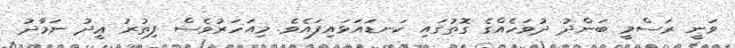
ވަނީ ރަސްމީ ބަންދު ދުވަހެއްގެ ގޮތުގައި ކަނޑައަޅައިފައެވެ. މިއަހަރުވެސް ފިޠުރު ޢީދު ނަމާދު